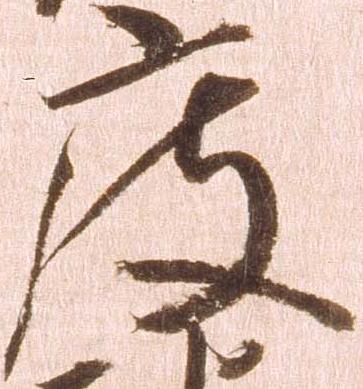
度